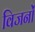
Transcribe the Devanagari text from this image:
विजनों